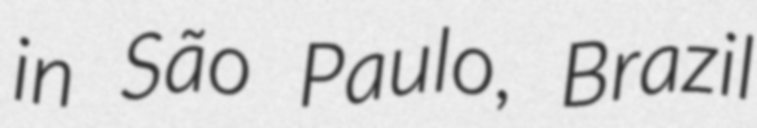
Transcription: in São Paulo, Brazil